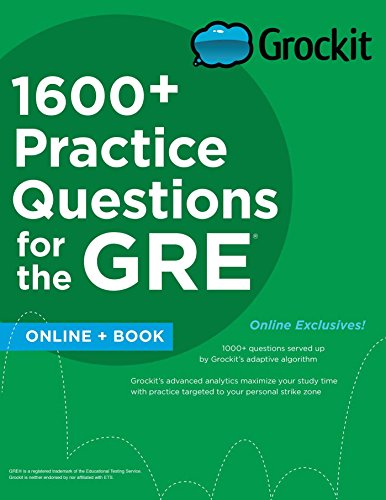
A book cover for Grockit 1600+ Practice Questions for the GRE: Book + Online (Grockit Test Prep); Grockit; Test Preparation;